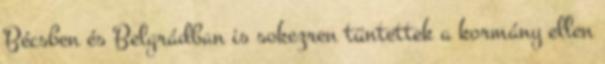
Bécsben és Belgrádban is sokezren tüntettek a kormány ellen